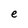
Character: e